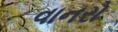
વાનરો